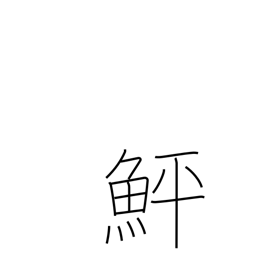
Meaning: flounder